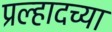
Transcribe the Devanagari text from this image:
प्रल्हादच्या